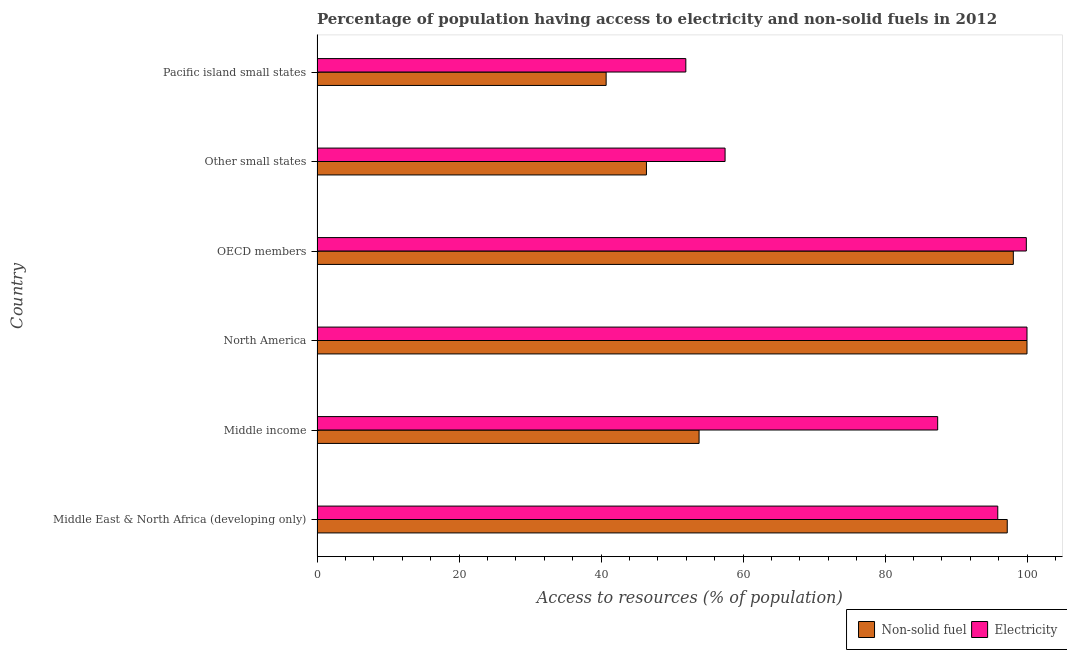
| Country | Non-solid fuel | Electricity |
 | --- | --- | --- |
 | Middle East & North Africa (developing only) | 97.2 | 95.9 |
 | Middle income | 53.8 | 87.4 |
 | North America | 100 | 100 |
 | OECD members | 98.1 | 99.9 |
 | Other small states | 46.4 | 57.5 |
 | Pacific island small states | 40.7 | 51.9 |